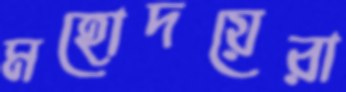
মহোদয়েরা